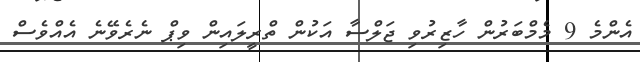
އެންމެ 9 މެމްބަރުން ހާޒިރުވި ޖަލްސާ އަކުން ތްރީލައިން ވިޕް ނެރެވޭނެ އެއްވެސް